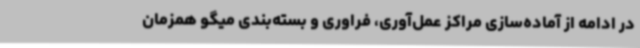
در ادامه از آماده‌سازی مراکز عمل‌آوری، فراوری و بسته‌بندی میگو همزمان